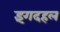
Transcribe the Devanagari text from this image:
इंगदहल